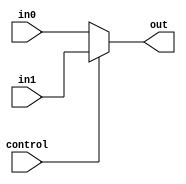
module Mux_ShiftSrc(
    input wire [31:0] in0,
    input wire  [31:0] in1,
    input wire control,
    output wire [31:0] out
    );

    assign out = (control == 1'b0) ? in0:
                 in1;
                 
endmodule